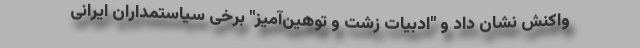
واکنش نشان داد و "ادبیات زشت و توهین‌آمیز" برخی سیاستمداران ایرانی